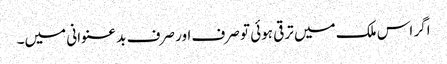
اگر اس ملک میں ترقی ہوئی تو صرف اور صرف بد عنوانی میں۔